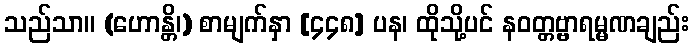
သည်သာ။ (ဟောန္တိ၊) စာမျက်နှာ [၄၄၈] ပန၊ ထိုသို့ပင် နဝတ္တဗ္ဗာရမ္မဏချည်း